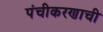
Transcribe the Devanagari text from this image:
पंचीकरणाची